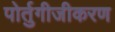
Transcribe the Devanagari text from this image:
पोर्तुगीजीकरण